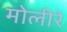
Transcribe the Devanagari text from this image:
मोलीरे